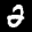
Label: 2